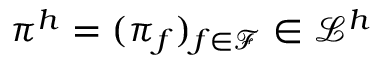
{ \pi } ^ { h } = ( \pi _ { f } ) _ { f \in \mathcal { F } } \in \mathcal { L } ^ { h }